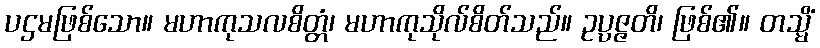
ပဌမဖြစ်သော။ မဟာကုသလစိတ္တံ၊ မဟာကုသိုလ်စိတ်သည်။ ဥပ္ပဇ္ဇတိ၊ ဖြစ်၏။ တသ္မိံ